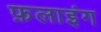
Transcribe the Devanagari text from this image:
फ़लाइंग